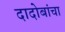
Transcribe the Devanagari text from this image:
दादोबांचा